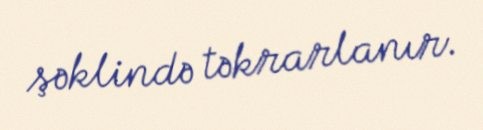
şəklində təkrarlanır.